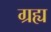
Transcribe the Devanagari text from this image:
ग्रह्य